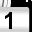
Digit: 1